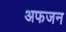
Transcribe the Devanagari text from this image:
अफजन